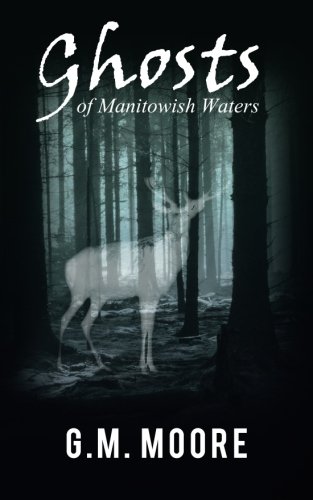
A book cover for Ghosts of Manitowish Waters; G. M. Moore; Literature & Fiction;